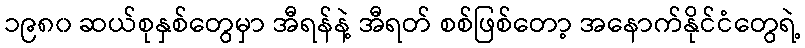
၁၉၈၀ ဆယ်စုနှစ်တွေမှာ အီရန်နဲ့ အီရတ် စစ်ဖြစ်တော့ အနောက်နိုင်ငံတွေရဲ့